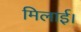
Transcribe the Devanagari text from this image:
मिलाई।